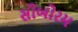
સીબોરમ